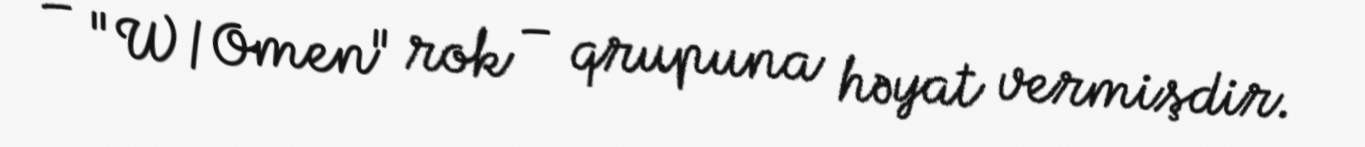
– "W/Omen" rok – qrupuna həyat vermişdir.